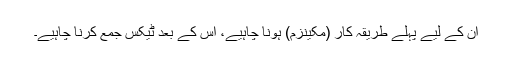
ان کے لیے پہلے طریقہ کار (مکینزم) ہونا چاہیے، اس کے بعد ٹیکس جمع کرنا چاہیے۔